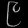
Digit: ၉